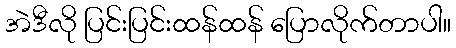
အဲဒီလို ပြင်းပြင်းထန်ထန် ပြောလိုက်တာပါ။